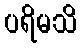
ပရိမသိ